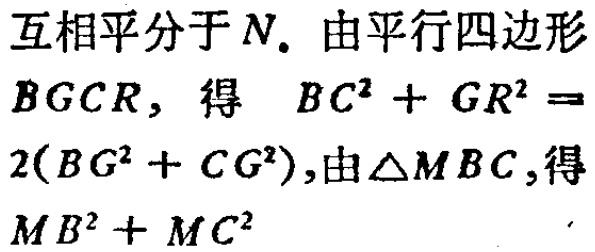
互相平分于\(N\). 由平行四边形

\(BGCR\)，得 \(BC^{2}+GR^{2}=\)

\(2(BG^{2}+CG^{2})\)，由\(\triangle MBC\)，得

\(MB^{2}+MC^{2}\)